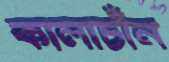
কালাচাঁন